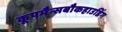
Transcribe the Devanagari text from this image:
कूपमैन्सबौकहाउडिंग